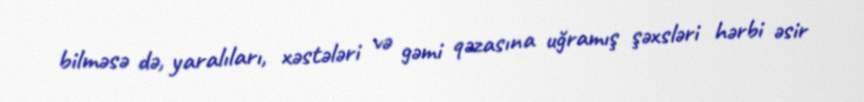
bilməsə də, yaralıları, xəstələri və gəmi qəzasına uğramış şəxsləri hərbi əsir